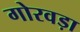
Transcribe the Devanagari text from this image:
गोरवड़ा